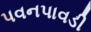
પવનપાવડી